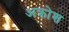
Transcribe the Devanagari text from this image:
अक्रोश